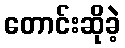
တောင်းဆိုခဲ့